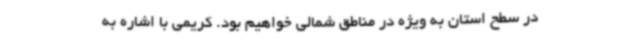
در سطح استان به ویژه در مناطق شمالی خواهیم بود. کریمی با اشاره به